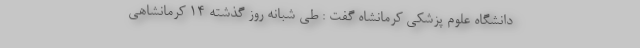
دانشگاه علوم پزشکی کرمانشاه گفت : طی شبانه روز گذشته 14 کرمانشاهی